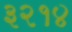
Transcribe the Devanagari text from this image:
३२१४